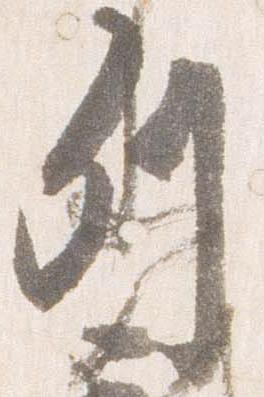
列